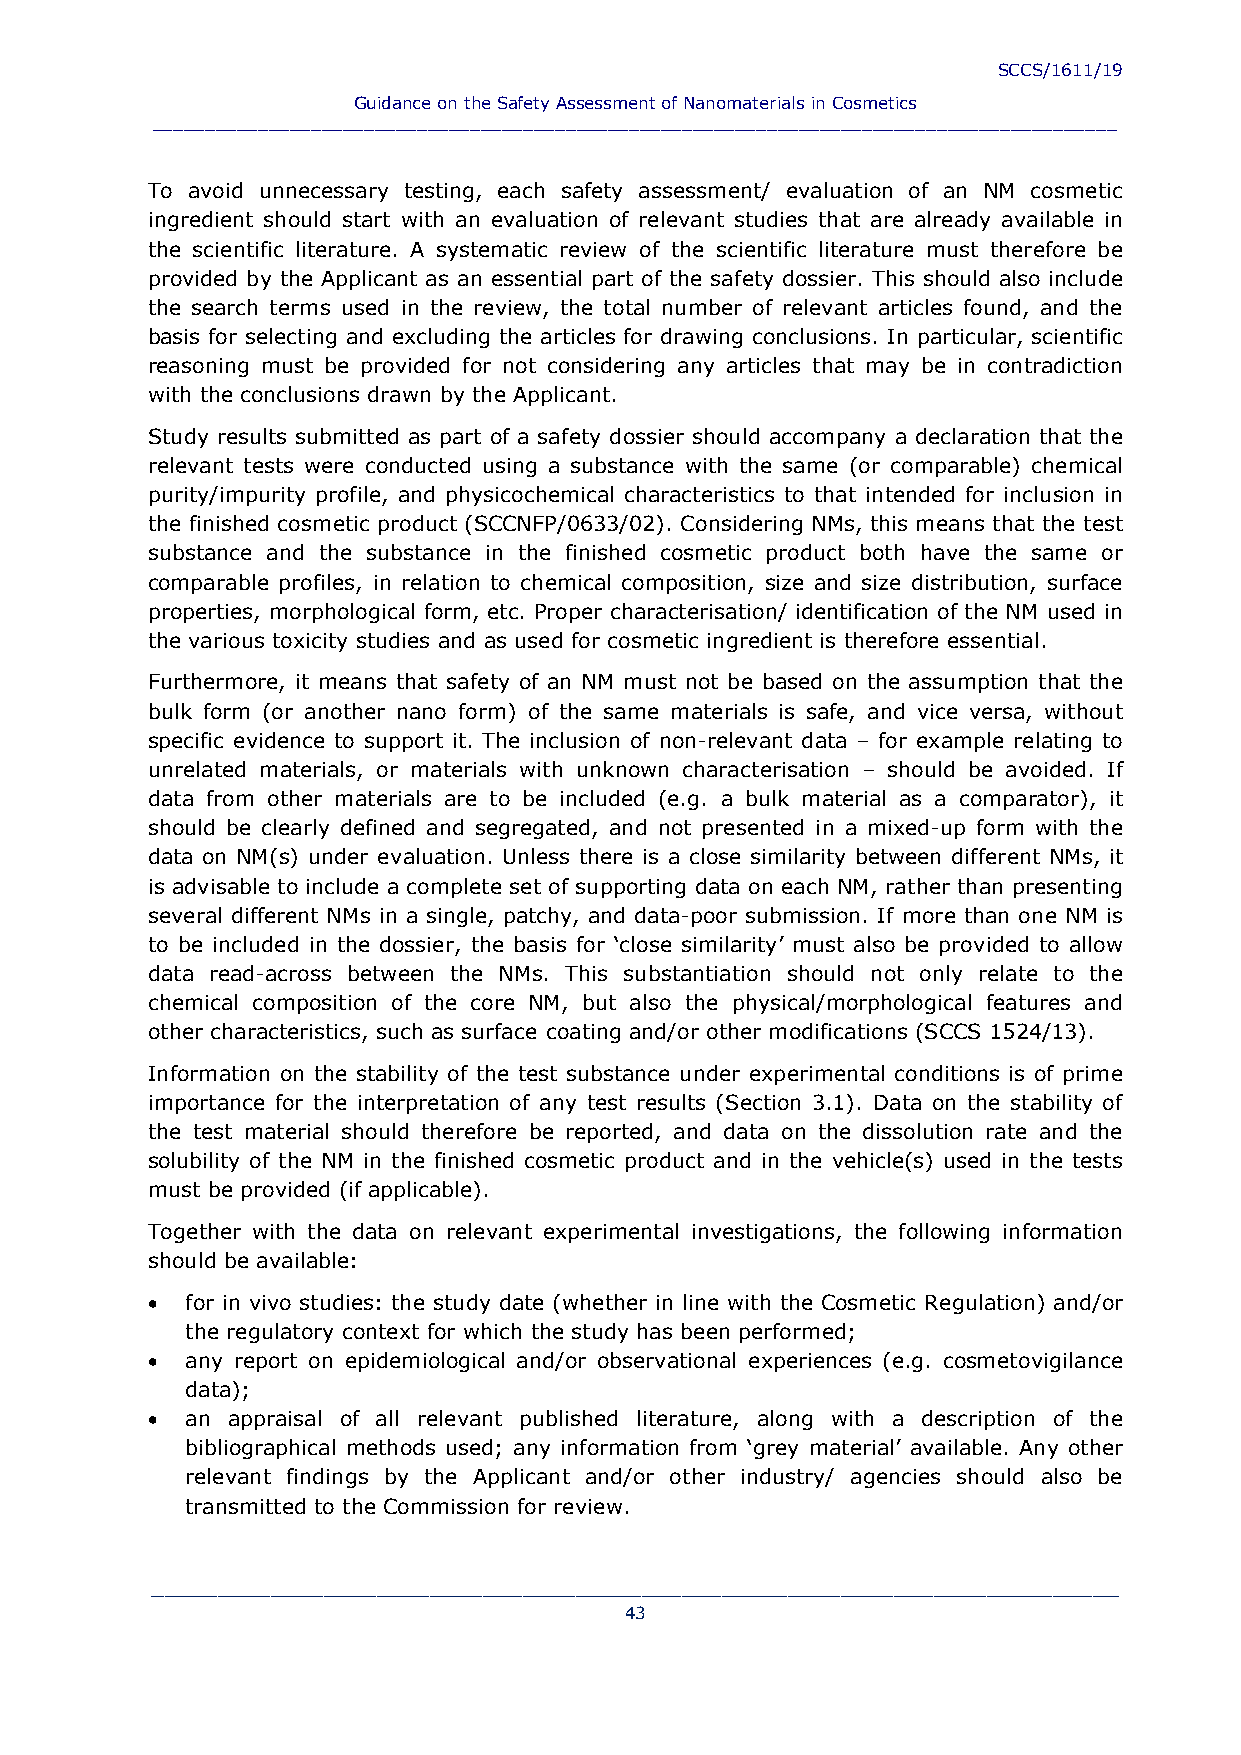
SCCS/1611/19
 Guidance on the Safety Assessment of Nanomaterials in Cosmetics
 ___________________________________________________________________________________________
 To avoid unnecessary testing, each safety assessment/ evaluation of an NM cosmetic
 ingredient should start with an evaluation of relevant studies that are already available in
 the scientific literature. A systematic review of the scientific literature must therefore be
 provided by the Applicant as an essential part of the safety dossier. This should also include
 the search terms used in the review, the total number of relevant articles found, and the
 basis for selecting and excluding the articles for drawing conclusions. In particular, scientific
 reasoning must be provided for not considering any articles that may be in contradiction
 with the conclusions drawn by the Applicant.
 Study results submitted as part of a safety dossier should accompany a declaration that the
 relevant tests were conducted using a substance with the same (or comparable) chemical
 purity/impurity profile, and physicochemical characteristics to that intended for inclusion in
 the finished cosmetic product (SCCNFP/0633/02). Considering NMs, this means that the test
 substance and the substance in the finished cosmetic product both have the same or
 comparable profiles, in relation to chemical composition, size and size distribution, surface
 properties, morphological form, etc. Proper characterisation/ identification of the NM used in
 the various toxicity studies and as used for cosmetic ingredient is therefore essential.
 Furthermore, it means that safety of an NM must not be based on the assumption that the
 bulk form (or another nano form) of the same materials is safe, and vice versa, without
 specific evidence to support it. The inclusion of non-relevant data – for example relating to
 unrelated materials, or materials with unknown characterisation – should be avoided. If
 data from other materials are to be included (e.g. a bulk material as a comparator), it
 should be clearly defined and segregated, and not presented in a mixed-up form with the
 data on NM(s) under evaluation. Unless there is a close similarity between different NMs, it
 is advisable to include a complete set of supporting data on each NM, rather than presenting
 several different NMs in a single, patchy, and data-poor submission. If more than one NM is
 to be included in the dossier, the basis for ‘close similarity’ must also be provided to allow
 data read-across between the NMs. This substantiation should not only relate to the
 chemical composition of the core NM, but also the physical/morphological features and
 other characteristics, such as surface coating and/or other modifications (SCCS 1524/13).
 Information on the stability of the test substance under experimental conditions is of prime
 importance for the interpretation of any test results (Section 3.1). Data on the stability of
 the test material should therefore be reported, and data on the dissolution rate and the
 solubility of the NM in the finished cosmetic product and in the vehicle(s) used in the tests
 must be provided (if applicable).
 Together with the data on relevant experimental investigations, the following information
 should be available:
  for in vivo studies: the study date (whether in line with the Cosmetic Regulation) and/or
 the regulatory context for which the study has been performed;
  any report on epidemiological and/or observational experiences (e.g. cosmetovigilance
 data);
  an appraisal of all relevant published literature, along with a description of the
 bibliographical methods used; any information from ‘grey material’ available. Any other
 relevant findings by the Applicant and/or other industry/ agencies should also be
 transmitted to the Commission for review.
 _________________________________________________________________________
 43